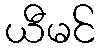
ယီမင်